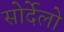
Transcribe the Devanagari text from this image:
सोर्देलो